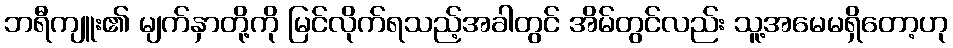
ဘရီကျူး၏ မျက်နှာတို့ကို မြင်လိုက်ရသည့်အခါတွင် အိမ်တွင်လည်း သူ့အမေမရှိတော့ဟု